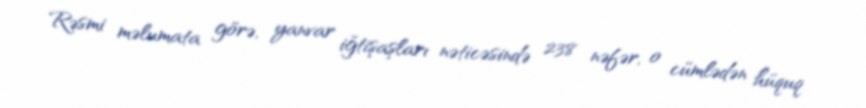
Rəsmi məlumata görə, yanvar iğtişaşları nəticəsində 238 nəfər, o cümlədən hüquq